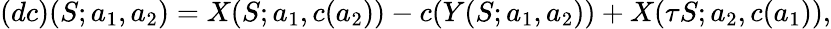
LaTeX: (dc)(S;a_{1},a_{2})=X(S;a_{1},c(a_{2}))-c(Y(S;a_{1},a_{2}))+X(\tau S;a_{2},c(a_{1})),